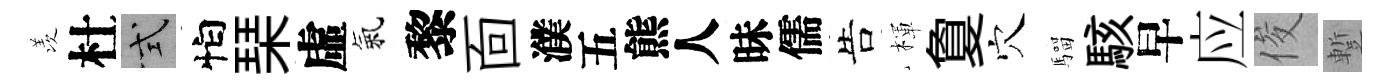
羡杜式怕琹虛氣黎靣濮五熊人昧儒告楎夐穴騮駭早应俊蹔